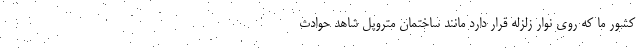
کشور ما که روی نوار زلزله قرار دارد مانند ساختمان متروپل شاهد حوادث